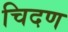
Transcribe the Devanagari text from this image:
चिदण